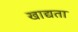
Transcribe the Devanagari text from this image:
खाद्यता